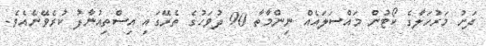
ދަށު މަރުހަލާގެ ކޯޓުން މައްސަލައެއް ނިންމާތާ 90 ދުވަހުގެ ތެރޭގައި އިސްތިއުނާފު ކުރެވޭނެއެވެ.